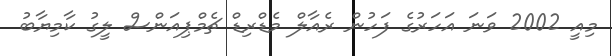
މިއީ 2002 ވަނަ އަހަރުގެ ފަހުން ރެއާލް މެޑްރިޑް ޗެމްޕިއަންސް ލީގު ކާމިޔާބު